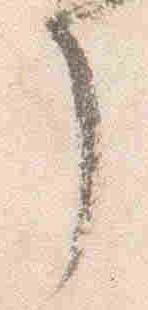
了